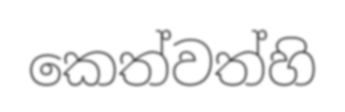
කෙත්වත්හි